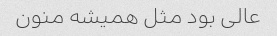
عالی بود مثل همیشه منون